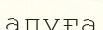
апуға